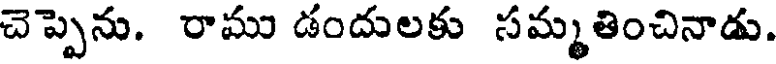
చెప్పెను. రాము డందులకు సమ్మతించినాడు.